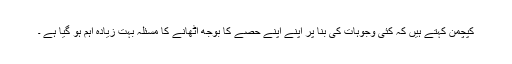
کپچمن کہتے ہیں کہ کئی وجوہات کی بنا پر اپنے اپنے حصے کا بوجھ اٹھانے کا مسئلہ بہت زیادہ اہم ہو گیا ہے ۔